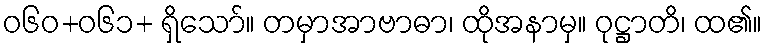
ဝ၆၀+၀၆၁+ ရှိသော်။ တမှာအာဗာဓာ၊ ထိုအနာမှ။ ဝုဋ္ဌာတိ၊ ထ၏။